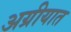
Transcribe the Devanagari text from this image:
अग्रीयात